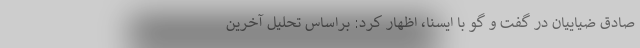
صادق ضیاییان در گفت و گو با ایسنا، اظهار کرد: براساس تحلیل آخرین